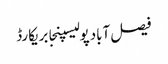
فیصل آبادپولیسپنجابریکارڈ